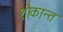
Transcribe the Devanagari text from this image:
शोकान्‍त